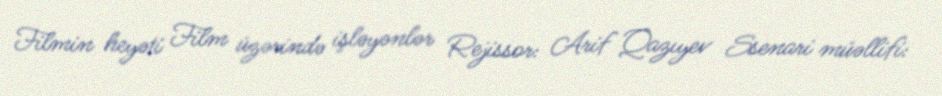
Filmin heyəti Film üzərində işləyənlər Rejissor: Arif Qazıyev Ssenari müəllifi: